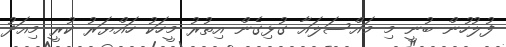
ފުލުހުން ބުނީ މި މައްސަލައާ ގުޅިގެން އިތުރު މީހަކު ހައްޔަރު ކުރީ މިއަދު